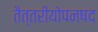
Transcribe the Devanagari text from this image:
तैत्तरीयोपनषद